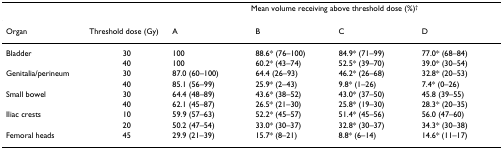
<table><thead><tr><td></td><td></td><td colspan="4"><b>Mean volume receiving above threshold dose (%)<sup>†</sup></b></td></tr></thead><tbody><tr><td>Organ</td><td>Threshold dose (Gy)</td><td>A</td><td>B</td><td>C</td><td>D</td></tr><tr><td>Bladder</td><td>30</td><td>100</td><td>88.6* (76–100)</td><td>84.9* (71–99)</td><td>77.0* (68–84)</td></tr><tr><td></td><td>40</td><td>100</td><td>60.2* (43–74)</td><td>52.5* (39–70)</td><td>39.0* (30–54)</td></tr><tr><td>Genitalia/perineum</td><td>30</td><td>87.0 (60–100)</td><td>64.4 (26–93)</td><td>46.2* (26–68)</td><td>32.8* (20–53)</td></tr><tr><td></td><td>40</td><td>85.1 (56–99)</td><td>25.9* (2–43)</td><td>9.8* (1–26)</td><td>7.4* (0–26)</td></tr><tr><td>Small bowel</td><td>30</td><td>64.4 (48–89)</td><td>43.6* (38–52)</td><td>43.0* (37–50)</td><td>45.8 (39–55)</td></tr><tr><td></td><td>40</td><td>62.1 (45–87)</td><td>26.5* (21–30)</td><td>25.8* (19–30)</td><td>28.3* (20–35)</td></tr><tr><td>Iliac crests</td><td>10</td><td>59.9 (57–63)</td><td>52.2* (45–57)</td><td>51.4* (45–56)</td><td>56.0 (47–60)</td></tr><tr><td></td><td>20</td><td>50.2 (47–54)</td><td>33.0* (30–37)</td><td>32.8* (30–37)</td><td>34.3* (30–38)</td></tr><tr><td>Femoral heads</td><td>45</td><td>29.9 (21–39)</td><td>15.7* (8–21)</td><td>8.8* (6–14)</td><td>14.6* (11–17)</td></tr></tbody></table>